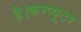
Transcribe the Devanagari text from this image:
है।कम्प्यूटर